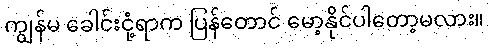
ကျွန်မ ခေါင်းငုံ့ရာက ပြန်တောင် မော့နိုင်ပါတော့မလား။